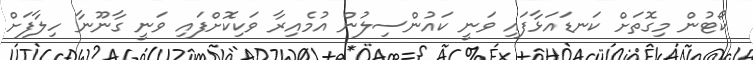
ކޯޓުން މިގޮތަށް ކަނޑައަޅާފައި ވަނީ ކައުންސިލުން އުމެއިރާ ވަކިކޮށްފައި ވަނީ ގާނޫނާ ހިލާފަށް